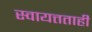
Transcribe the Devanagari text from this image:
स्वायत्तताही